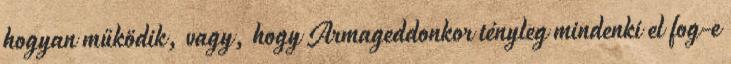
hogyan működik, vagy, hogy Armageddonkor tényleg mindenki el fog-e